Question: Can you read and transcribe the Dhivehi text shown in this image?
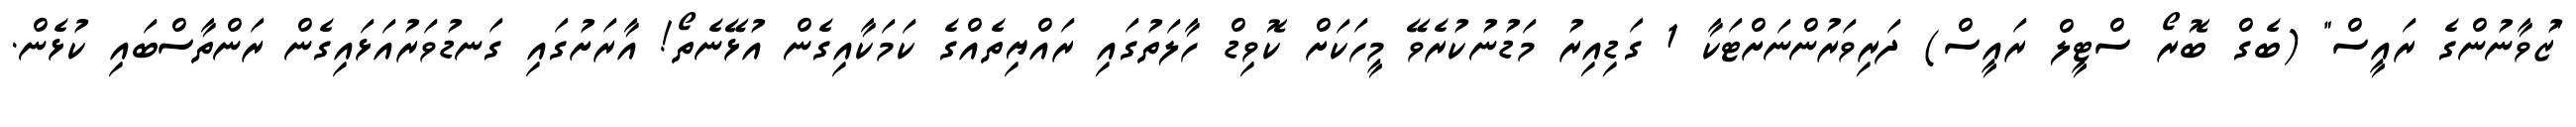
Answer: "ޒުވާނުންގެ ރައީސް" (ބެގް ބޮރޯ ސްޓީލް ރައީސް) ދަރިވަރުންނަށްޓަކާ 1 ގަޑިއިރު މަޑުނުކުރެވޭ މީހަކަށް ކޮވިޑް ހާލަތުގައި ރައްޔިތެއްގެ ކަމަކާއިގެން އުޅޭނެތޯ! އާރަށުގައި ގަނޑުވަރުއަޅައިގެން ރަންތާސްބައި ކުޅެން.